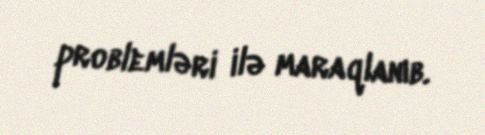
problemləri ilə maraqlanıb.